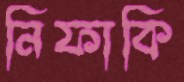
নিফাকি